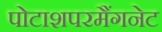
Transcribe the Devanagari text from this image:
पोटाशपरमैंगनेट